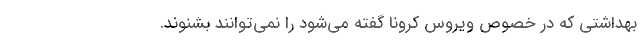
بهداشتی که در خصوص ویروس کرونا گفته می‌شود را نمی‌توانند بشنوند.